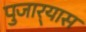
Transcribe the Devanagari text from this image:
पुजार्‍यास